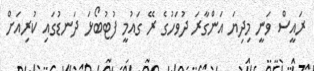
ރައީސް ވަނީ މިދިޔަ އަންގާރަ ދުވަހުގެ ރޭ ގައުމީ ފުޓުބޯޅަ ދަނޑުގައި ކުރިއަށް